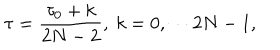
\tau = \frac { \tau _ { 0 } + k } { 2 N - 2 } , ~ k = 0 , \cdots 2 N - 1 ,